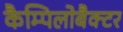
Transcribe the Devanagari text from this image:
कैम्पिलोबैक्टर